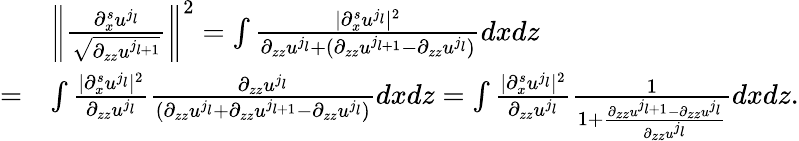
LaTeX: \begin{array}{rl}&{\left\| \frac{\partial_{x}^{s}u^{j_{l}}}{\sqrt{\partial_{zz}u^{j_{l+1}}}}\right\| ^{2}=\int\frac{|\partial_{x}^{s}u^{j_{l}}|^{2}}{\partial_{zz}u^{j_{l}}+(\partial_{zz}u^{j_{l+1}}-\partial_{zz}u^{j_{l}})}dxdz}\\ {=}&{\int\frac{|\partial_{x}^{s}u^{j_{l}}|^{2}}{\partial_{zz}u^{j_{l}}}\frac{\partial_{zz}u^{j_{l}}}{(\partial_{zz}u^{j_{l}}+\partial_{zz}u^{j_{l+1}}-\partial_{zz}u^{j_{l}})}dxdz=\int\frac{|\partial_{x}^{s}u^{j_{l}}|^{2}}{\partial_{zz}u^{j_{l}}}\frac{1}{1+\frac{\partial_{zz}u^{j_{l+1}}-\partial_{zz}u^{j_{l}}}{\partial_{zz}u^{j_{l}}}}dxdz.}\end{array}